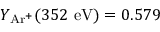
Y _ { \mathrm { A r ^ { + } } } ( 3 5 2 ~ \mathrm { e V } ) = 0 . 5 7 9